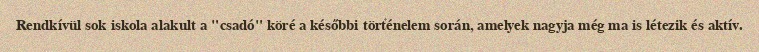
Rendkívül sok iskola alakult a "csadó" köré a későbbi történelem során, amelyek nagyja még ma is létezik és aktív.